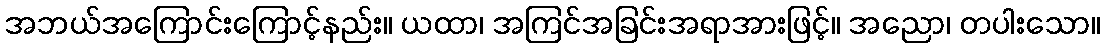
အဘယ်အကြောင်းကြောင့်နည်း။ ယထာ၊ အကြင်အခြင်းအရာအားဖြင့်။ အညော၊ တပါးသော။